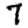
Digit: 7